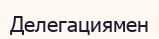
Делегациямен